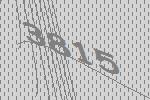
3815